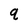
Character: q